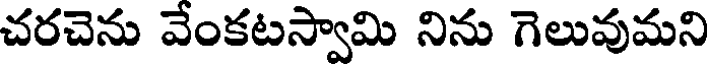
చరచెను వేంకటస్వామి నిను గెలువుమని